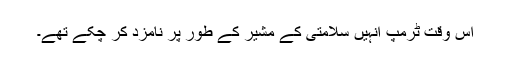
اس وقت ٹرمپ انہیں سلامتی کے مشیر کے طور پر نامزد کر چکے تھے۔